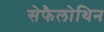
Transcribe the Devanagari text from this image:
सेफैलोथिन